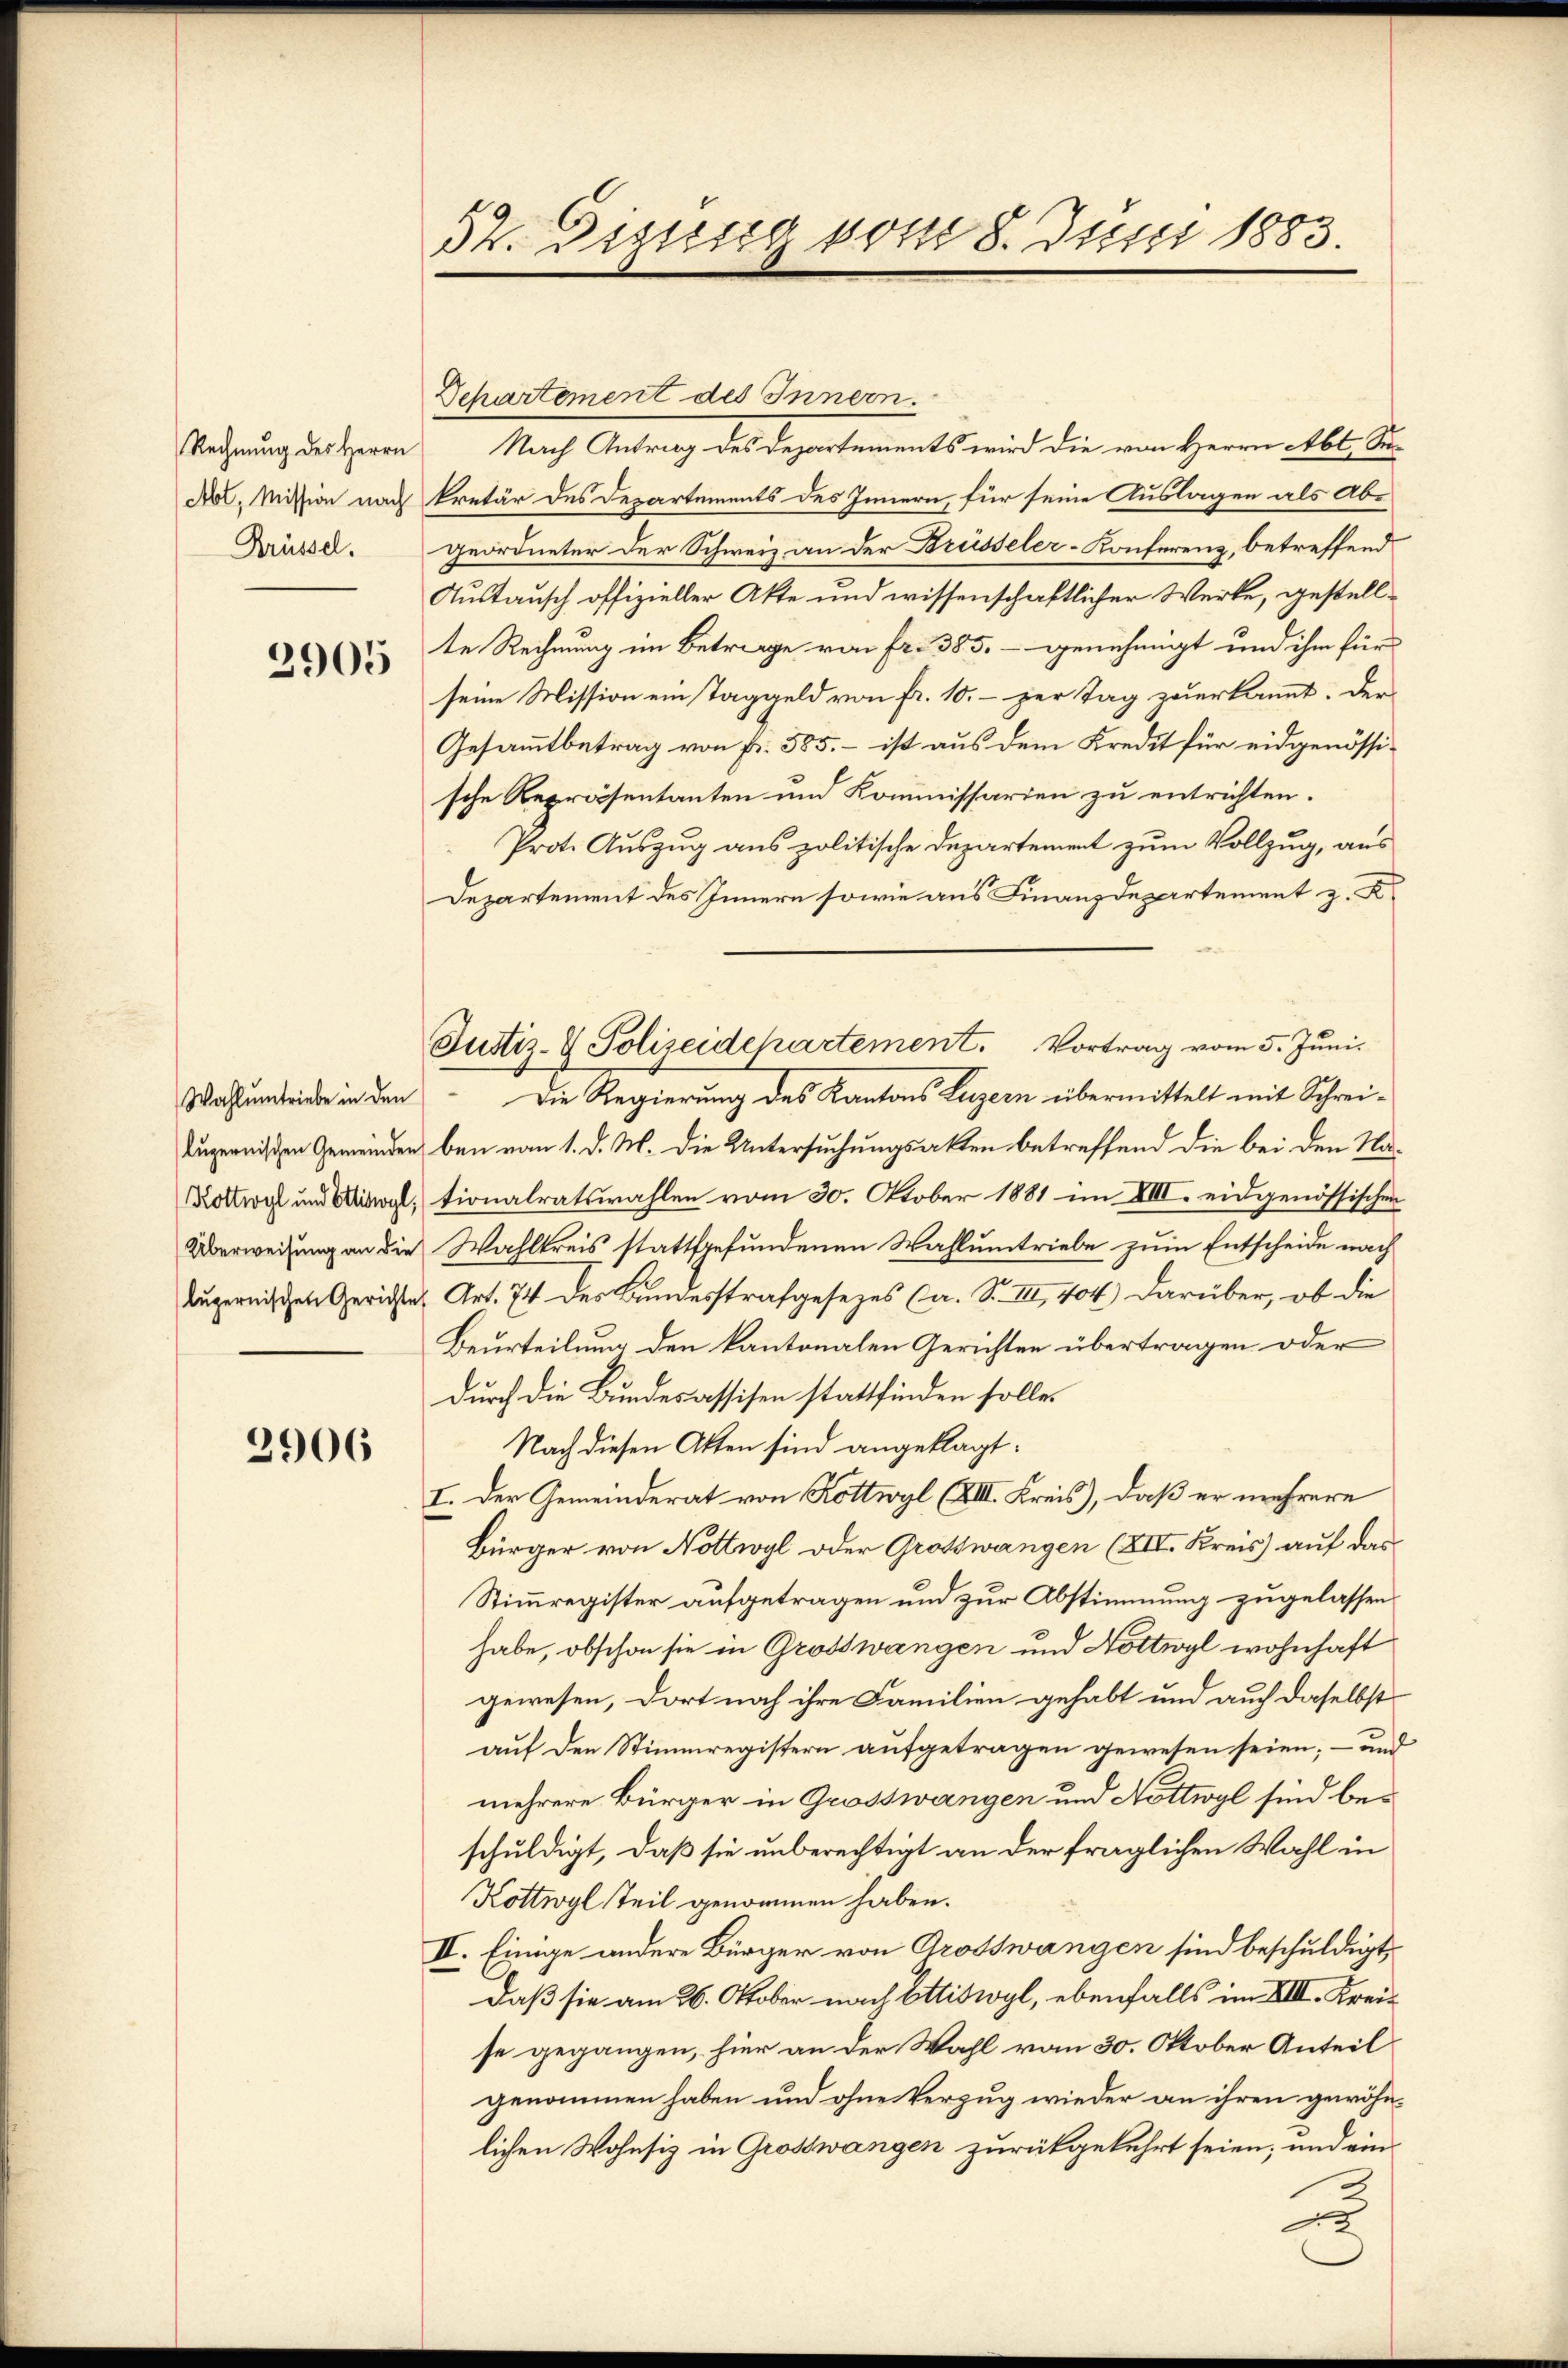
Rechnung des Herrn
Abt, Mission nach
Krüssel.

2905

Kottwyl und Ettiswyl,

2906

52. Diens vom 8. Juni 1883.

Departement des Innern.
Nach Antrag des Departements wird die von Herrn Abt. Si
kretär des Departements des Innern, für seine Auslagen als Abgeordneter der Schweiz an der Brüsseler-Konferenz, betreffend
Austausch offizieller Akte und wissenschaftlicher Werke, gestellte Rechnung im Betrage von Fr. 385. - genehmigt und ihm für
seine Mission ein Taggeld von fr. 10.- zur Tag zuerkannt. Der
Gesammtbetrag von fr. 585. – ist aus dem Kredit für eidgenössische Repräsentanten und Kommissarien zu entrichten.
Prot. Auszug aus politische Departement zum Vollzug, aus
Departement des Innern sowie aus Finanzdepartement z. K.
Kugernischen Gemeinden bei vom 1. d. M. die Untersuchungsakten betreffend die bei den Nationalratswahlen vom 30. Oktober 1881 im XIII. eidgenössischen
Überweisung an die Wahlkreis stattgefundenen Wahlumtriebe zum Entscheide nach
lugernischen Gerichte, Art. 74 des Bundesstrafgesezes (a. S. III, 404) Darüber, ob die
Beurteilung den kantonalen Gerichten übertragen oder
durch die Bundesassisen stattfinden solle.
Nach diesen Atten sind angeklagt:
I. Der Gemeinderat von Rottwyl (XVIII. Kreis), daß er mehrere
Bürger von Nottwyl oder Großswangen (XII. Kreis) auf das
Stimmregister aufgetragen und zur Abstimmung zugelassen
0
habe, obschon sie in Grosswangen und Nottwyl wohnhaft
gewesen, dort noch ihre Familien gehabt und auch daselbst
auf den Stimmregistern aufgetragen gewesen seien; – und
mehrere Bürger in Grosswangen und Nöttwyl sind beschuldigt, daß sie unberechtigt an der fraglichen Wahl in
Kottwyl Teil genommen haben.
II. Einige andere Bürger von Grosswangen sind beschuldigt
Daß sie am 26. Oktober nach Ettiswyl, ebenfalls im VIII. Kreise gegangen, hier an der Wahl vom 30. Oktober Anteil
genommen haben und ohne Verzug wieder an ihren gewöhn-
lichen Wohnsiz in Großwangen zurückgekehrt seien; und ein
2

Justiz- & Polizeidepartement. Vortrag vom 5. Juni.
Wahumtriebe in den Die Regierung des Kantons Luzern übermittelt mit Schrei¬